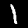
Label: 1